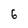
Character: 6